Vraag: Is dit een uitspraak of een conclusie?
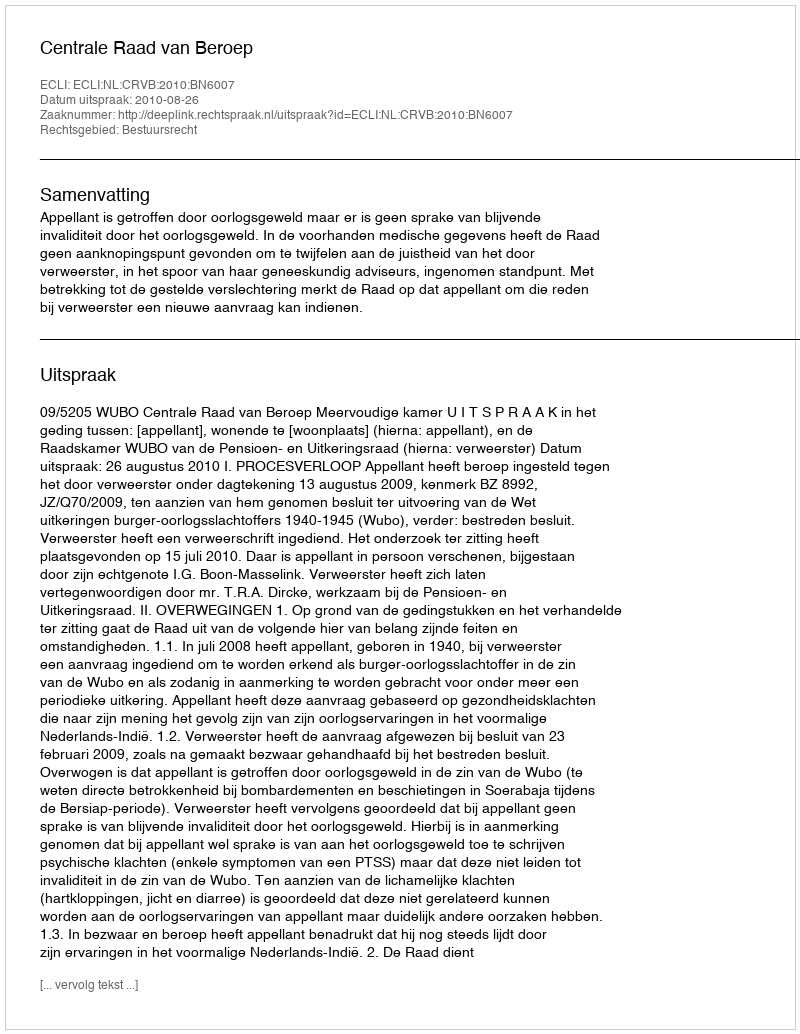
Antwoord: Uitspraak